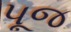
પૂજ